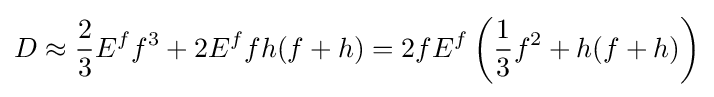
D\approx {\frac {2}{3}}E^{f}f^{3}+2E^{f}fh(f+h)=2fE^{f}\left({\frac {1}{3}}f^{2}+h(f+h)\right)